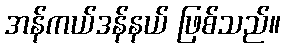
အန်ကယ်ဒန်နယ် ဖြစ်သည်။